Vaccination in Bombay 1869-1873 - 1869-1873
Year: 1869
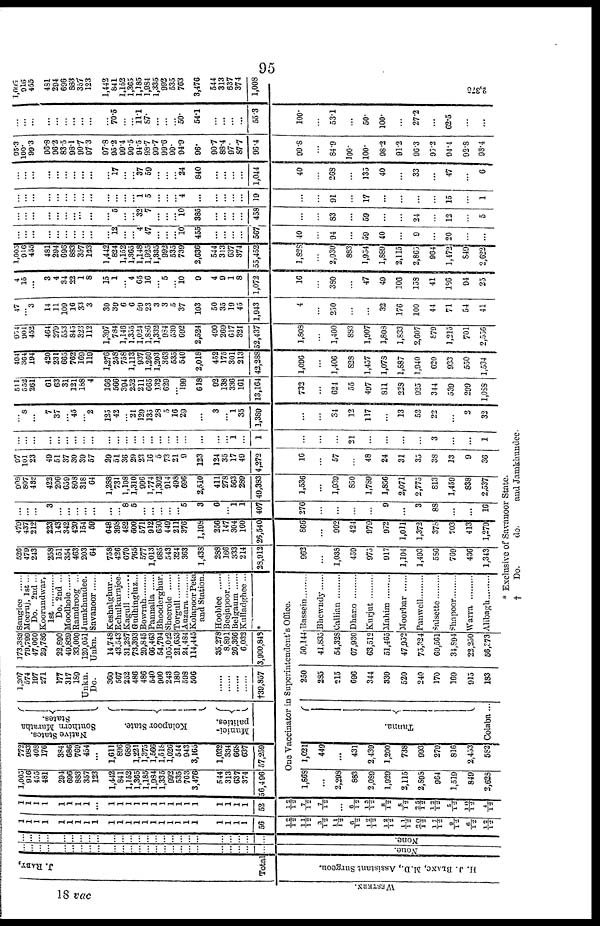
95
J. RABY,
Total.
WESTERN.
H. J. BLANC, M.D., Assistant Surgeon.
...
...
...
...
...
...
...
...
...
...
...
...
...
... ...
...
...
...
...
...
...
...
...
...
...
None.
...
...
...
...
...
...
...
...
...
...
...
...
...
... ...
...
...
...
...
...
...
...
...
...
...
None.
1
1
1
1
1
1 1
1
1
1
1 1
1
1 1
1 1
1 1
1
1
1
1
1
56
12/12
11/12
3/12
11/12
6/12
12/12
12/12
11/12
20/12
17/12
9/12
6/12
12/12
1
1
1
1
1
1
1
1
...
1
1
1
1
1 1
1
1
1
1
1
1
1
1
1
52
12/12
7/12
7/12
...
6/12
13/12
8/12
8/12
35/12
12/12
5/12
10/12
4/12
1,005
916
455
481
294
696
883
357
123
1,442
841
1,152
1,365
1,185
1,984
1,335
992
535
763
3,476
544
313
637
374
56,496
772
983
408
176
384
686
769
454
...
1,611
896
689
1,221
1,375
1,566
1,518
1,026
544
943
3,165
1,032
334
668
637
57,259
Native States.
Southern Maratha
States.
Kolapoor State.
Munici-
palities.
1,207
574
197
271
177
317
189
Unkn.
Do.
360
567
252
486
486
540
900
243
180
598
506
......
......
......
......
†39,857
173,388
79,799
47,060
29,786
32,890
49,829
33,000
120,051
Unkn.
14,748
43,543
31,287
73,393
29,845
66,463
54,794
105,022
21,653
24,484
114,445
35,278
8,891
26,366
6,032
3,900,848
Sanglee ......
Meeruj, 1st..
Do. 2nd..
Koorundwar,
1st
Do. 2nd ..
Moodhole ......
Ramdroog ..
Jumkhundee.
Savanoor
Keshalghur...
Echulkurnjee.
Kagull ......
Gudhingluz...
Bowrah .........
Pannalla ......
Bhooderghur.
Sheerole ..........
Torgull
Auzara
Kolapoor Peta
and Station.
Hooblee ......
Beejapoor ......
Belgaum ...
Kulladghee ...
*
One Vaccinator in Superintendent's Office.
1,868
...
2,298
883
2,089
1,929
2,115
2,898
964
1,519
849
2,628
1,021
449
...
431
2,439
1,200
738
993
279
816
2,453
582
Tanna.
Colaba...
250
235
215
696
344
330
520
240
170
169
915
183
50,144
41,835
54,328
67,930
63,512
51,465
47,952
75,324
60,561
34,894
22,250
56,373
Bassein .........
Bhewndy
Callian ......
Dharo ......
Kurjut ......
Mahim .........
Moorbar .........
Panwell .........
Salsette .........
Shapoor .........
Warra .........
Alibagh
526
479
243
258
151
354
463
203
64
758
426
670
765
577
1,013
685
543
324
363
1,438
288
166
333
214
28,912
962
...
1,038
459
975
917
1,104
1,493
586
769
436
1,343
479
437
212
223
143
342
420
154
59
648
398
482
600
571
912
650
449
211
376
1,198
256
147
304
160
26,540
866
...
992
424
979
972
1,011
1,372
378
703
413
1,279
...
...
...
3
...
...
...
...
...
...
... 8
5
... ...
...
...
... 5
3
6
... 1
1
407
276
...
...
...
...
9
...
3
88
...
...
16
908
807
432
422
206
659
808
318
64
1,288
731
1,108
1,310
996
1,774
1,302
914
498
696
2,510
411
278
563
289
49,383
1,536
...
1,939
850
1,789
1,856
2,071
2,775
813
1,459
838
2,537
97
101
23
49
51
37
30
39
57
29
51
36
29
23
16
5
73
21
9
123
124
35
17
49
4,272
16
...
57
...
48
24
31
35
38
13
9
36
...
...
...
...
...
...
...
...
...
...
...
...
...
... ...
...
...
... ...
...
...
... 1
...
1
...
...
...
21
...
...
...
...
3
...
...
1
...
8
...
7
37
... 45
... 2
125
42
... 21
129
135
28
5
16
29
...
3
... 1
35
1,389
...
...
34
12
117
...
13
52
22
...
2
32
511
552
261
61
63
31
121
188
4
166
566
394
252
211
665
132
629
... 199
618
92
138
336
161
13,164
732
...
624
55
497
811
228
925
344
539
299
1,088
404
364
104
420
231
665
762
169
119
1,276
258
758
1,113
937
1,260
1,203
363
535
540
2,018
452
175
301
213
42,288
1,096
...
1,406
828
1,457
1,078
1,887
1,040
620
933
550
1,534
954
901
452
464
279
553
845
323
112
1,397
784
1,146
1,355
1,024
l,886
1,332
984
530
692
2,524
490
269
617
321
52,437
1,808
...
1,400
883
1,907
1,808
1,833
2,607
879
1,215
701
2,556
47
... 3
14
11
109
16
33
3
30
39
6
6
59
23
3
3
5
37
103
50
35
19
45
1,943
4
...
250
...
...
32
176
100
44
71
54
41
4
15
...
3
4
34
22
1
8
15
1
... 4
65
16
... 5
... 10
9
4
9
1
8
1,072
16
...
380
...
47
49
106
158
41
186
94
25
l,003
916
455
481
294
696
883
357
133
1,442
824
1,152
1,365
1,148
1,925
1,335
992
535
739
2,636
544
313
637
374
55,452
1,328
...
2,030
883
1,954
1,889
2,115
2,865
964
1,472
849
2,622
...
... ...
...
...
...
...
...
...
...
12
...
... 4
47
...
...
... 10
455
...
...
...
...
567
40
...
94
...
59
40
...
9
...
20
...
...
...
...
...
...
...
...
...
...
...
...
5
...
... 32
7
...
...
... 10
385
...
...
...
...
458
...
...
83
...
59
...
...
24
...
12
...
5
...
...
...
...
...
...
...
...
...
...
...
...
... 1
5
...
...
... 4
...
...
...
...
...
19
...
...
91
...
17
...
...
...
...
15
...
1
...
...
...
...
...
...
...
...
...
...
17
...
... 37
59
...
...
... 24
840
...
...
...
...
1,044
40
...
268
...
135
40
...
33
...
47
...
6
95.3
100.
99.3
96.8
96.2
83.5
98.1
90.7
97.3
97.8
95.2
99.4
99.5
94.5
98.7
99.7
99.6
99.
94.9
96.
90.7
88.4
97.
87.7
96.4
90.8
...
84.9
100.
100.
98.2
91.2
96.3
95.2
94.4
92.8
98.4
...
...
...
...
...
...
...
...
...
...
70.5
...
... 11.1
87.
...
...
... 50.
54.1
...
...
...
...
55.3
100.
...
531
...
50.
100.
...
27.2
...
62.5
...
...
1,095
916
455
481
294
696
883
357
123
1,442
841
1,152
1,365
1,185
1,984
1,335
992
535
763
3,476
544
313
637
374
1,008
2,375
* Exclusive of Savanoor State.
† Do.
do.
and Jamkhundee.
18 vac